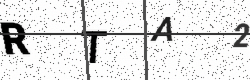
Text: RTA2